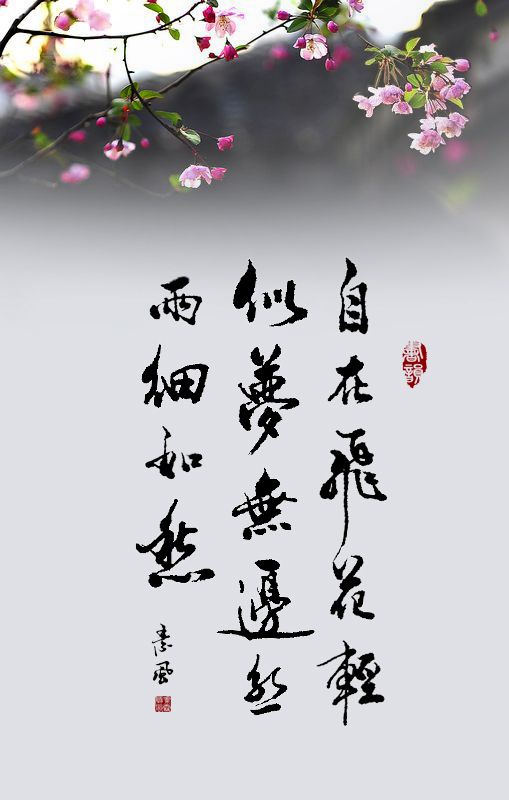
自在飞花轻似梦，无边丝雨细如愁。